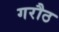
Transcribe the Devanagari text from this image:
गरौठ